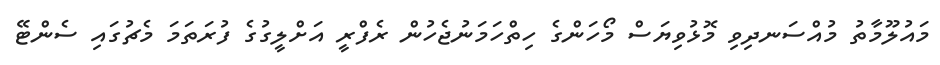
މައުލޫމާތު މުއްސަނދިވި މޮޅުވިޔަސް މޯހަންގެ ހިތްހަމަނުޖެހުން ރެފްރީ އަށްލީގުގެ ފުރަތަމަ މެޗުގައި ސެންޓޭ